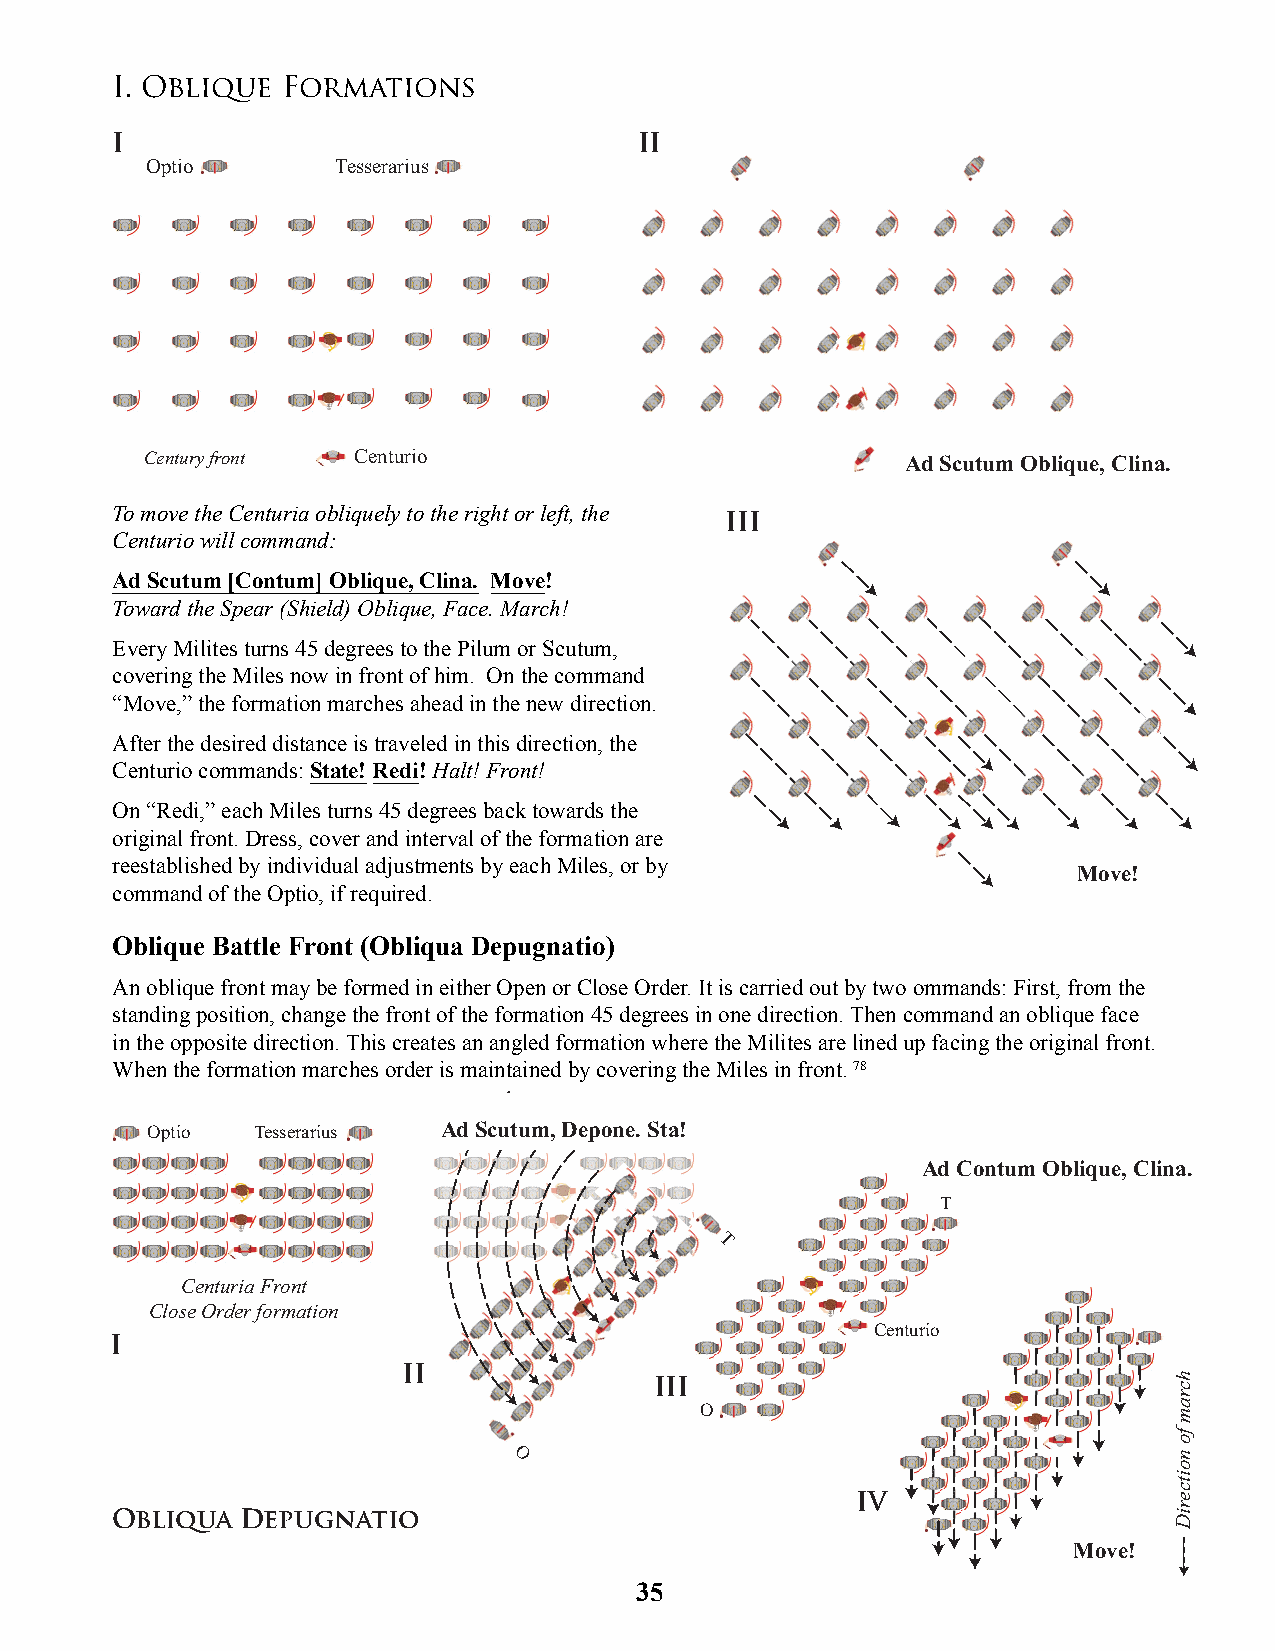
I. Oblique  Formations
 I                                  II
 Optio       Tesserarius
 Century front Centurio                            Ad Scutum Oblique, Clina.
 To move the Centuria obliquely to the right or left, the III
 Centurio will command:
 Ad Scutum [Contum] Oblique, Clina. Move!
 Toward the Spear (Shield) Oblique, Face. March!
 Every Milites turns 45 degrees to the Pilum or Scutum,
 covering the Miles now in front of him. On the command
 “Move,” the formation marches ahead in the new direction.
 After the desired distance is traveled in this direction, the
 Centurio commands: State! Redi! Halt! Front!
 On “Redi,” each Miles turns 45 degrees back towards the
 original front. Dress, cover and interval of the formation are
 reestablished by individual adjustments by each Miles, or by    Move!
 command of the Optio, if required.
 Oblique Battle Front (Obliqua Depugnatio)
 An oblique front may be formed in either Open or Close Order. It is carried out by two ommands: First, from the
 standing position, change the front of the formation 45 degrees in one direction. Then command an oblique face
 in the opposite direction. This creates an angled formation where the Milites are lined up facing the original front.
 When the formation marches order is maintained by covering the Miles in front. 78
 Ad Scutum, Depone. Sta!
 Optio  Tesserarius
 Ad Contum Oblique, Clina.
 T
 T
 Centuria Front
 Close Order formation
 I                                                  Centurio
 II
 III
 O
 O
 IV
 Obliqua  Depugnatio
 Move!
 35
 hcram
 fo
 noitceriD